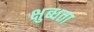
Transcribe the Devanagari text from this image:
क्षुब्धता